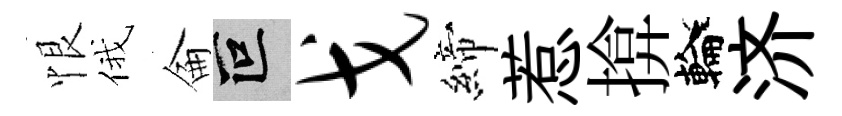
恨俄侖叵戈締惹揜輪济